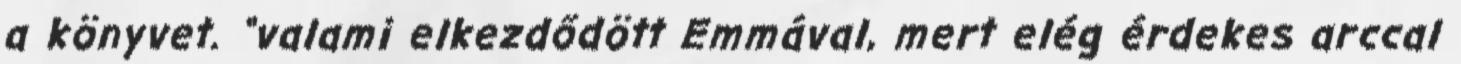
a könyvet. “valami elkezdődött Emmával, mert elég érdekes arccal